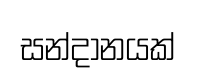
සන්දානයක්